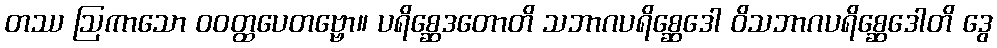
တဿ ဩကာသော ဝဝတ္ထပေတဗ္ဗော။ ပရိစ္ဆေဒတောတိ သဘာဂပရိစ္ဆေဒေါ ဝိသဘာဂပရိစ္ဆေဒေါတိ ဒွေ